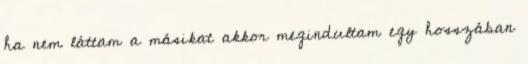
ha nem láttam a másikat akkor megindultam egy hosszában